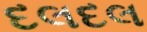
દલદલ